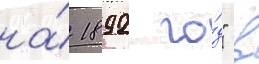
на́ 1892 го́д" в